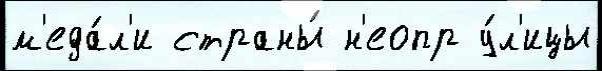
м'еда́л'и страны́ н'еопр у́л'ицы